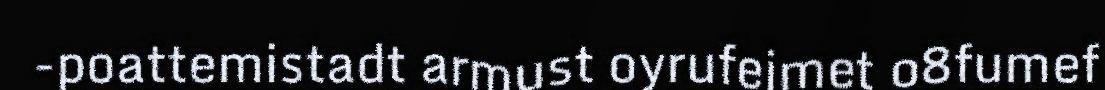
-poattemistadt armust oyrufeimet o8fumef